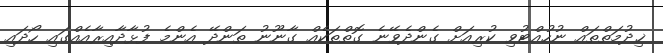
ޚިދުމަތްތައް ނުހުއްޓުވި ކުރިއަށް ގެންދެވޭނެ ގޮތްތަކެއް ގާނޫނު ތަންދޭ އެންމެ ފުޅާދާއިރާއެއްގައި ހޯދައި